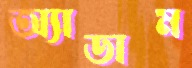
অ্যাডাম